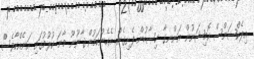
އިލެކްޝަންސް ކޮމިޝަނުން އަންނގާ ހިސާބުން ފެށިގެން. އެހެންކަމުން ޤާނޫނޫ މާނަ ކުރުމުގައި އަނެއްކާވެސްް